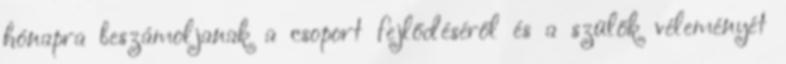
hónapra beszámoljanak a csoport fejlődéséről és a szülők véleményét